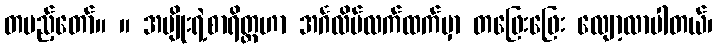
တပည့်တော်။ ။ အမျိုးရဲ့စာရိတ္တဟာ အင်္ဂလိပ်လက်ထက်မှာ တဖြေးဖြေး လျော့လာပါတယ်၊